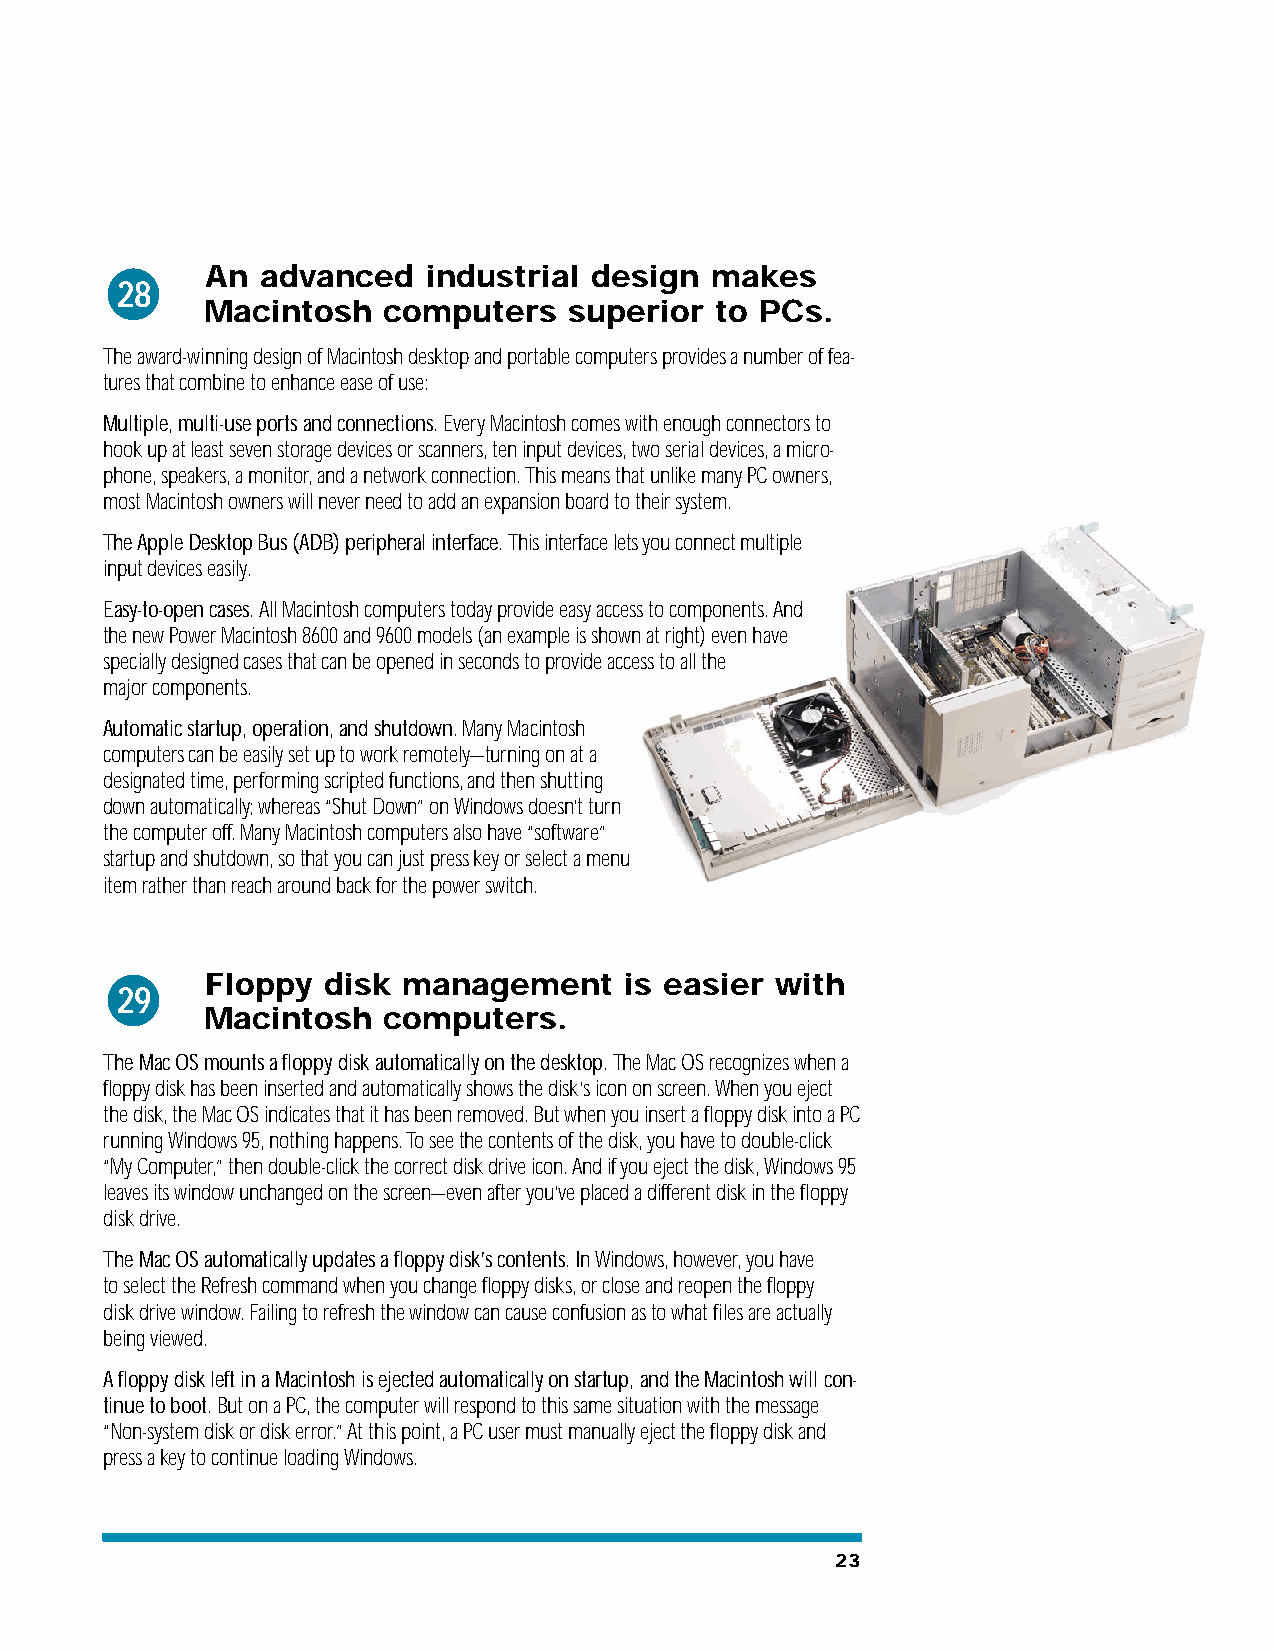
An advanced   industrial design  makes
 28
 Macintosh   computers    superior to PCs.
 The award-winning design of Macintosh desktop and portable computers provides a number of fea-
 tures that combine to enhance ease of use:
 Multiple, multi-use ports and connections. Every Macintosh comes with enough connectors to
 hook up at least seven storage devices or scanners, ten input devices, two serial devices, a micro-
 phone, speakers, a monitor, and a network connection. This means that unlike many PC owners,
 most Macintosh owners will never need to add an expansion board to their system.
 The Apple Desktop Bus (ADB) peripheral interface. This interface lets you connect multiple
 input devices easily.
 Easy-to-open cases. All Macintosh computers today provide easy access to components. And
 the new Power Macintosh 8600 and 9600 models (an example is shown at right) even have
 specially designed cases that can be opened in seconds to provide access to all the
 major components.
 Automatic startup, operation, and shutdown.Many Macintosh
 computers can be easily set up to work remotely—turning on at a
 designated time, performing scripted functions, and then shutting
 down automatically; whereas “Shut Down” on Windows doesn’t turn
 the computer off. Many Macintosh computers also have “software”
 startup and shutdown, so that you can just press key or select a menu
 item rather than reach around back for the power switch.
 Floppy disk  management    is easier with
 29
 Macintosh   computers.
 The Mac OS mounts a floppy disk automatically on the desktop. The Mac OS recognizes when a
 floppy disk has been inserted and automatically shows the disk’s icon on screen. When you eject
 the disk, the Mac OS indicates that it has been removed. But when you insert a floppy disk into a PC
 running Windows 95, nothing happens. To see the contents of the disk, you have to double-click
 “My Computer,” then double-click the correct disk drive icon. And if you eject the disk, Windows 95
 leaves its window unchanged on the screen—even after you’ve placed a different disk in the floppy
 disk drive.
 The Mac OS automatically updates a floppy disk’s contents. In Windows, however, you have
 to select the Refresh command when you change floppy disks, or close and reopen the floppy
 disk drive window. Failing to refresh the window can cause confusion as to what files are actually
 being viewed.
 A floppy disk left in a Macintosh is ejected automatically on startup, and the Macintosh will con-
 tinue to boot. But on a PC, the computer will respond to this same situation with the message
 “Non-system disk or disk error.” At this point, a PC user must manually eject the floppy disk and
 press a key to continue loading Windows.
 23